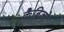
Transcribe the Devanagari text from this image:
कैब्रिलो